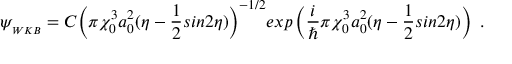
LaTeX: \psi _ { _ { W K B } } = C { \left( \pi \chi _ { 0 } ^ { 3 } a _ { 0 } ^ { 2 } ( \eta - \frac { 1 } { 2 } s i n { 2 \eta } ) \right) } ^ { - 1 / 2 } e x p \left( \frac { i } { \hbar } \pi \chi _ { 0 } ^ { 3 } a _ { 0 } ^ { 2 } ( \eta - \frac { 1 } { 2 } s i n { 2 \eta } ) \right) ~ .